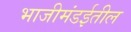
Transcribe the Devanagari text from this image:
भाजीमंडईतील